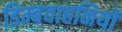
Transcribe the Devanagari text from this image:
डिम्बवाहनियों